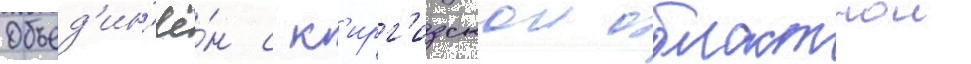
Объед'ин'ё́н с к'ирг'изскои областнои